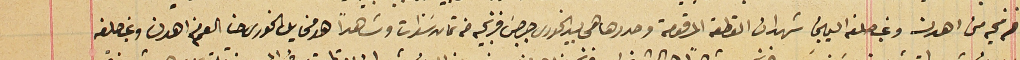
فرنجيه من اهدن وغب حلفه اليمين شهد ان القطعه المرقومة وحددها هي بيد الخورى جرجسَ فرنجيه من ثمان سَنوات وشاهداً هو مخايل الخورى حنا العم من اهدن وغب حلفه